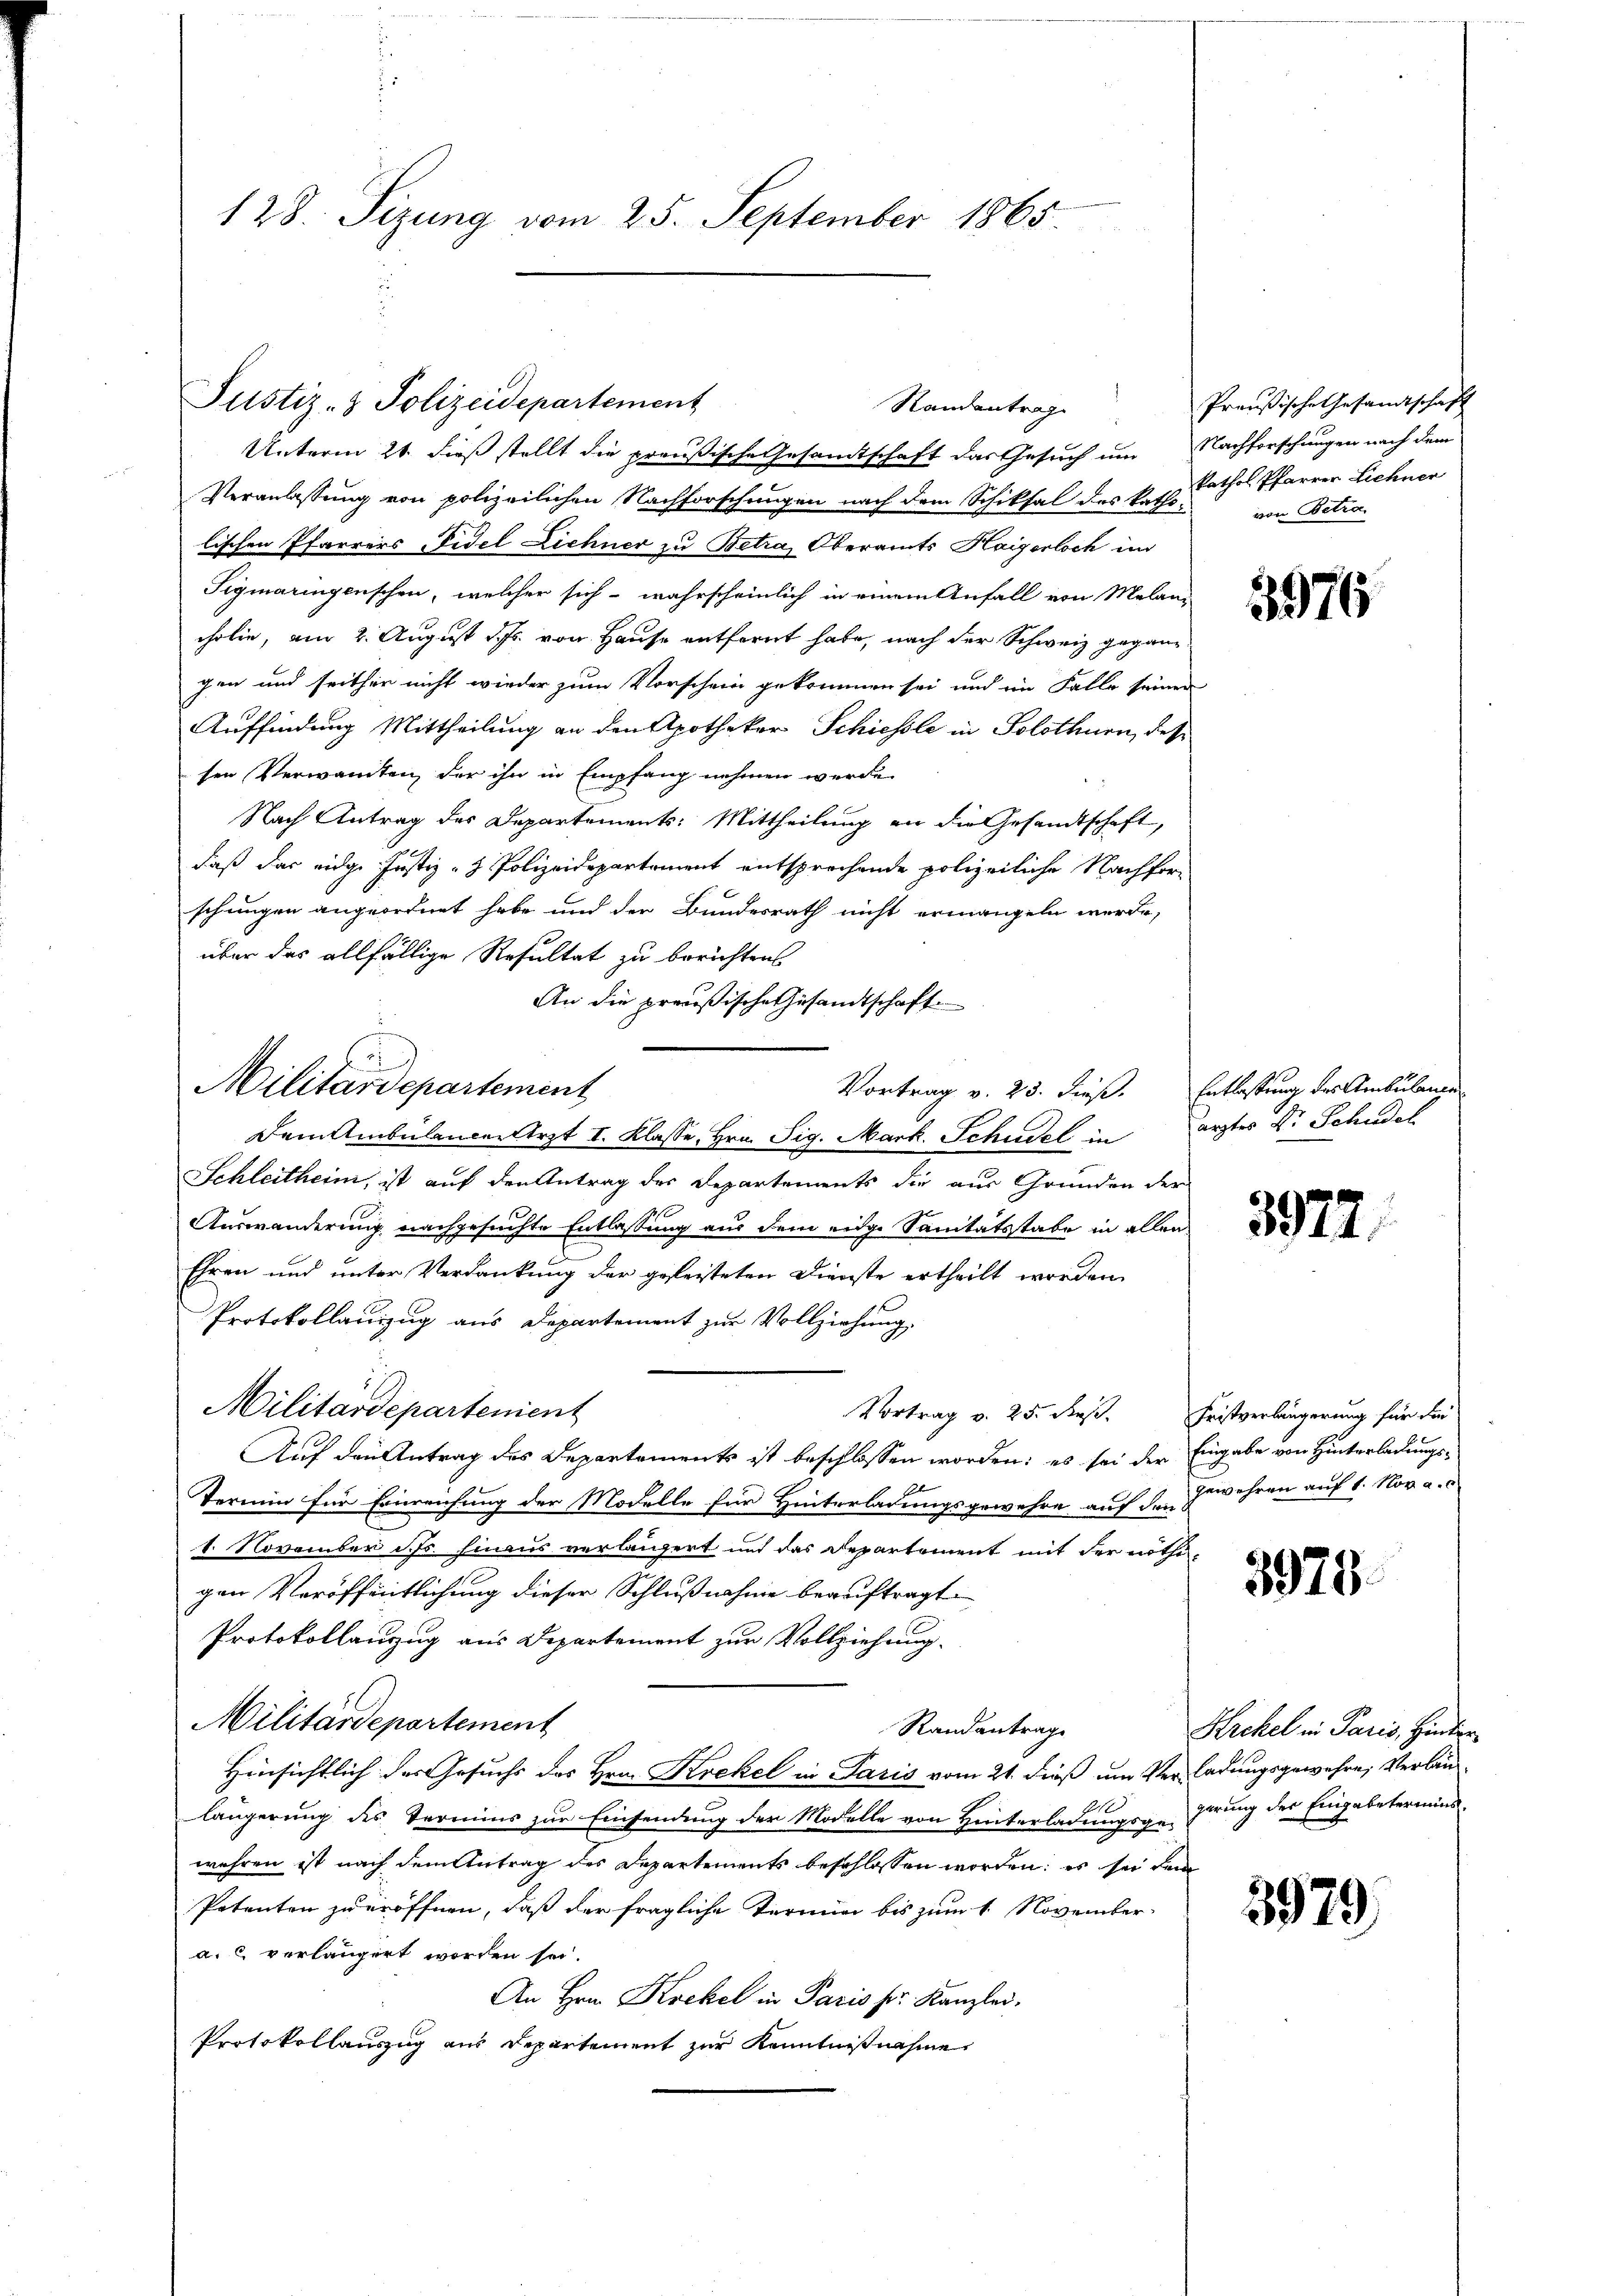
128. Sizung vom 25. September 1865.

Unterm 21. dieß stellt die preußische Gesandtschaft das Gesuch um Nachforschungen nach dem
Veranlassung von polizeilichen Nachforschungen nach dem Schiksal des k. k. Kathol. Pfarrer Liehner
lischen Pfarrers Fidel Lichner zu Betra, Oberamts Haigerloch im
Tigmaringenschen, welcher sich - wahrscheinlich in einem Anfall von Melani
cholie, am 2. August d. Js. von Hause entfernt habe, nach der Schweiz gegann
gen und seither nicht wieder zum Vorschein gekommen sei und im Falle seinen
Auffindung Mittheilung an den Apotheker Schiessle in Solothurn, des
sen Verwandten, der ihn in Empfang nehmen werde.
Nach Antrag des Departements: Mittheilung an die Gesandtschaft,
daß das eidge Justiz- & Polizeidepartement entsprechende polizeiliche Nachforschungen angeordnet habe und der Bundesrath nicht ermangeln werde,
über das allfällige Resultat zu berichten.
An die preußische Gesandtschaft
2
Militärdepartement
Vortrag v. 23. dieß. Entlassung des Ambulante
Dem Ambulance-Aerzt I. Klasse, Hrn. Sig. Mark. Schudel in ärztes V. Schudel
Schleitheim, ist auf den Antrag des Departements die aus Grunden der
Auswanderung nachgesuchte Entlassung aus dem eige Sanitätsstabe in allen
Ehren und unter Verdankung der gefeiteten Dienste ertheilt worden
Protokollauszug aus Departement zur Vollziehung
Militärdepartement
Vortrag v. 25. dies. Fristverlängerung für die
Auf den Antrag des Departements ist beschlossen worden: es sei der Eingabe von Hinterladungs¬
E
Termin für Einreichung der Modelle für Hinterladungsgewehre auf den Zuwehren auf 1. Nov. a.
1. November d. Js. hinaus verlängert und das Departement mit der nöthigen Veröffentlichung dieser Schlußnahme beauftragt.
Protokollanzug aus Departement zur Vollziehung.
Militärdepartement
Randantrage
Hinsichtlich des Gesuchs des Hrn. Krekel in Paris vom 21. dieß um Verladungsgewehre, Verlan
längerung des Termins zur Einsendung der Modelle von Hinterladungsgeferung des Eingabetermins
wehren ist nach dem Antrag des Departements beschlossen worden; es sei dem
Petenten zu eröffnen, daß der fragliche Termin bis zum 1. November
a. c. verlängert worden sei.
An Hrn. Krekel in Paris pr. Kanzlei.
Protokollauszug aus Departement zur Kenntnißnahme

Justiz- & Polizeidepartement

d
Randantrag

Preußische Gesandtschaft
von Betra

5976

3972.

3975

Krekel in Paris, Hinder

3979)